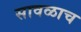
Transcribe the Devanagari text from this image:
सावळाच